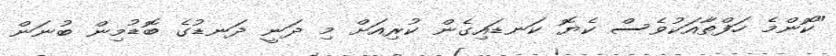
"ކޮންމެ ހަފްތާއަކުވެސް ކެޔޮ ކަނޑައިގެން ކުރިއަށް މި ދަނީ ދަނޑުގެ ބޮޑުމިން ބުނަން